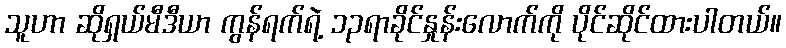
သူဟာ ဆိုရှယ်မီဒီယာ ကွန်ရက်ရဲ့ ၁၃ရာခိုင်နှုန်းလောက်ကို ပိုင်ဆိုင်ထားပါတယ်။